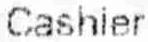
CASHIER